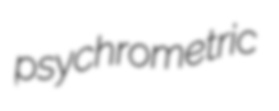
psychrometric